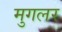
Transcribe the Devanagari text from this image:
मुगलर